Civil Veterinary Dept. North-West Frontier Province 1923-32 - 1923-1932
Year: 1923
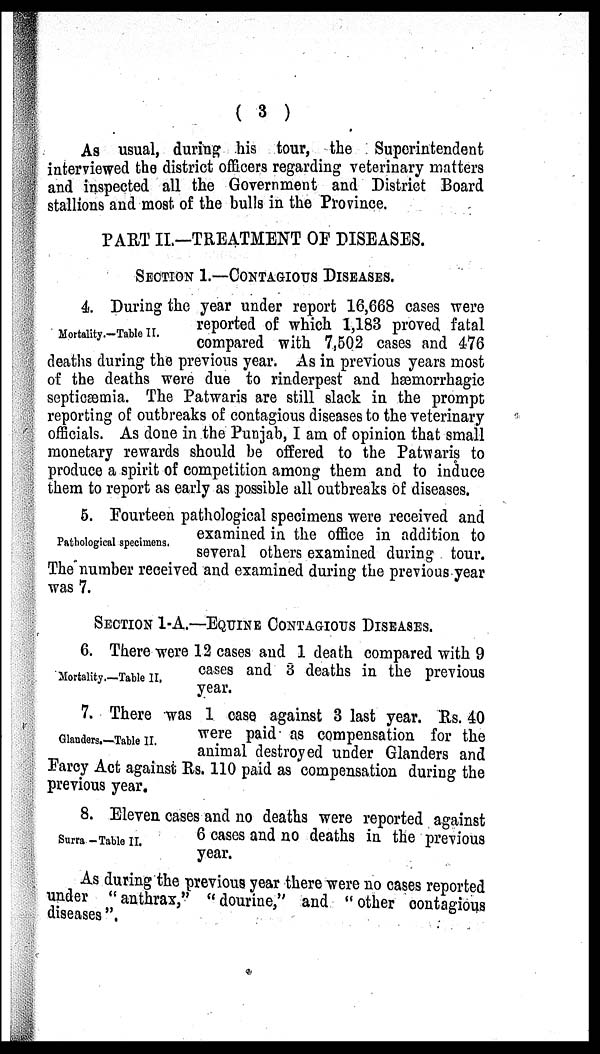
( 3 )
As usual, during his tour, the Superintendent
interviewed the district officers regarding veterinary matters
and inspected all the Government and District Board
stallions and most of the bulls in the Province.
PART II.—TREATMENT OF DISEASES.
SECTION 1.—CONTAGIOUS DISEASES.
Mortality.-Table II.
4. During the year under report 16,668 cases were
reported of which 1,183 proved fatal
compared with 7,502 cases and 476
deaths during the previous year. As in previous years most
of the deaths were due to rinderpest and hæmorrhagic
septicæmia. The Patwaris are still slack in the prompt
reporting of outbreaks of contagious diseases to the veterinary
officials. As done in the Punjab, I am of opinion that small
monetary rewards should be offered to the Patwaris to
produce a spirit of competition among them and to induce
them to report as early as possible all outbreaks of diseases.
Pathological specimens.
5. Fourteen pathological specimens were received and
examined in the office in addition to
several others examined during tour.
The number received and examined during the previous year
was 7.
SECTION 1-A.—EQUINE CONTAGIOUS DISEASES.
Mortality.—Table II.
6. There were 12 cases and 1 death compared with 9
cases and 3 deaths in the previous
year.
Glanders.—Table II.
7. There was 1 case against 3 last year. Rs. 40
were paid as compensation for the
animal destroyed under Glanders and
Farcy Act against Rs. 110 paid as compensation during the
previous year.
Surra -Table II.
8. Eleven cases and no deaths were reported against
6 cases and no deaths in the previous
year.
As during the previous year there were no cases reported
under " anthrax, " " dourine, " and " other contagious
diseases ".